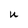
Character: U